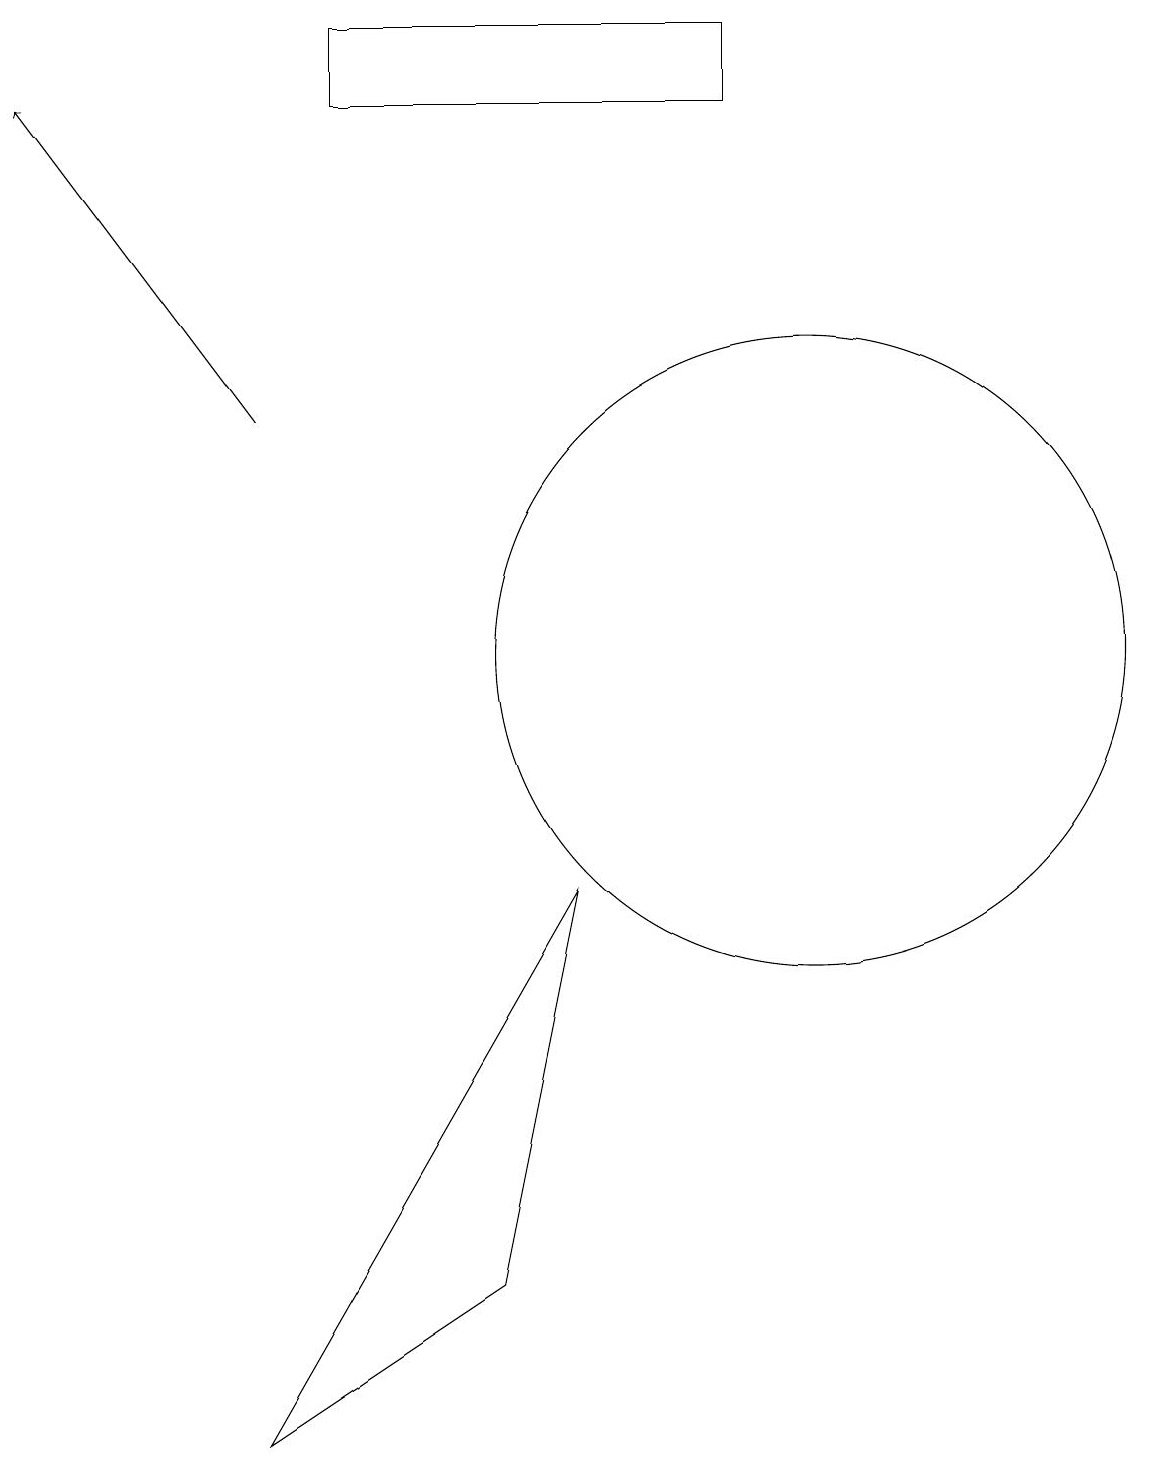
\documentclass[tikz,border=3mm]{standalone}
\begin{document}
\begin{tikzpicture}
\draw (7,8) -- (6,3) -- (3,1) -- cycle;
\draw (10,11) circle (4);
\draw (9,19) rectangle (4,18);
\draw[->] (3,14) -- (0,18);
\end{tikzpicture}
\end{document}